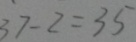
3 7 - 2 = 3 5